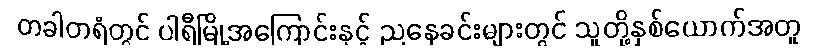
တခါတရံတွင် ပါရီမြို့အကြောင်းနှင့် ညနေခင်းများတွင် သူတို့နှစ်ယောက်အတူ